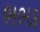
ભભક